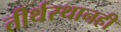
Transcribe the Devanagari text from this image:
तीर्थस्थानही